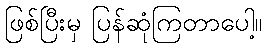
ဖြစ်ပြီးမှ ပြန်ဆုံကြတာပေါ့။